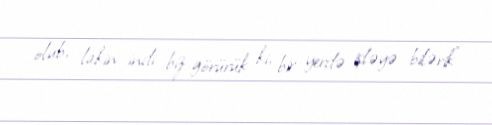
olub, lakin indi biz görürük ki, bir yerdə işləyə bilərik".